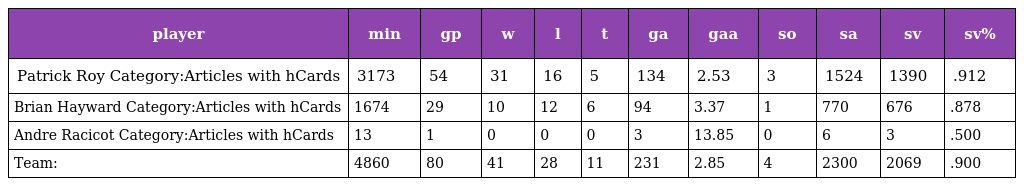
| player | min | gp | w | l | t | ga | gaa | so | sa | sv | sv% |
 | --- | --- | --- | --- | --- | --- | --- | --- | --- | --- | --- | --- |
 | Patrick Roy Category:Articles with hCards | 3173 | 54 | 31 | 16 | 5 | 134 | 2.53 | 3 | 1524 | 1390 | .912 |
 | Brian Hayward Category:Articles with hCards | 1674 | 29 | 10 | 12 | 6 | 94 | 3.37 | 1 | 770 | 676 | .878 |
 | Andre Racicot Category:Articles with hCards | 13 | 1 | 0 | 0 | 0 | 3 | 13.85 | 0 | 6 | 3 | .500 |
 | Team: | 4860 | 80 | 41 | 28 | 11 | 231 | 2.85 | 4 | 2300 | 2069 | .900 |